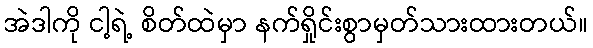
အဲဒါကို ငါ့ရဲ့ စိတ်ထဲမှာ နက်ရှိုင်းစွာမှတ်သားထားတယ်။